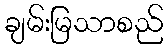
ချမ်းမြသာစည်